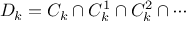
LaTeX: D _ { k } = C _ { k } \cap C _ { k } ^ { 1 } \cap C _ { k } ^ { 2 } \cap \cdots